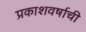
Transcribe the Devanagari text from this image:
प्रकाशवर्षाची